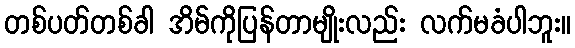
တစ်ပတ်တစ်ခါ အိမ်ကိုပြန်တာမျိုးလည်း လက်မခံပါဘူး။